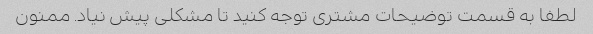
لطفا به قسمت توضیحات مشتری توجه کنید تا مشکلی پیش نیاد. ممنون